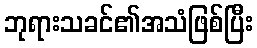
ဘုရားသခင်၏အသံဖြစ်ပြီး